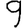
Digit: 9